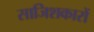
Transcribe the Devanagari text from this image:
साजिशकारों